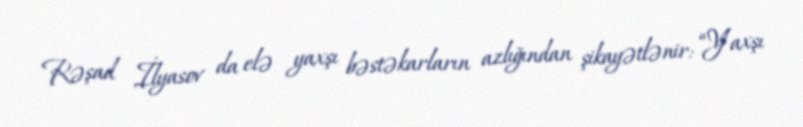
Rəşad İlyasov da elə yaxşı bəstəkarların azlığından şikayətlənir: “Yaxşı